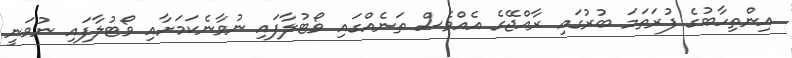
އިންތިހާބުގެ ފުރަތަމަ ބުރުގައި ރާއްޖޭގެ އެއްވެސް ތަނެއްގައި ވޯޓުލާފައި ނުވާނެކަމަށާއި ވޯޓުލާފައި ނުވަނީ